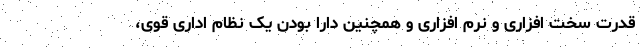
قدرت سخت افزاری و نرم افزاری و همچنین دارا بودن یک نظام اداری قوی،